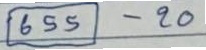
(655) - 20